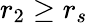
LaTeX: r_{2}\geq r_{s}